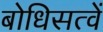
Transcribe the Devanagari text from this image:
बोधिसत्वें